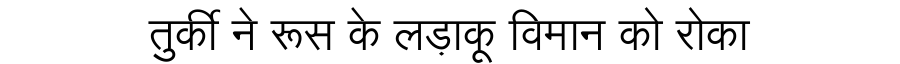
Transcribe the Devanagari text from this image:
तुर्की ने रूस के लड़ाकू विमान को रोका